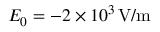
E _ { 0 } = - 2 \times 1 0 ^ { 3 } \, \mathrm { V / m }